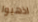
اذهبوا